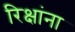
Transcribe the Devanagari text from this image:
रिक्षांना